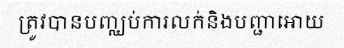
ត្រូវបានបញ្ឈប់ការលក់និងបញ្ជាអោយ